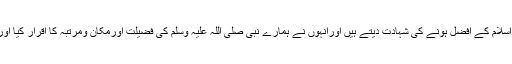
بلاشبہ اسلام کے بہت سے دشمن مثلامستشرکین جنہوں نے اسلام کا بہت گہرائ سے مطالعہ کیا وہ بھی اسلام کے افضل ہونے کی شہادت دیتے ہیں اورانہوں نے ہمارے نبی صلی اللہ علیہ وسلم کی فضیلت اورمکان ومرتبہ کا اقرار کیا اورنبی صلی اللہ علیہ وسلم کی عقلمندی میں کمال وبلندی اورفضل و رفعت کی گواہی دشمن بھی دیتے ہیں ۔